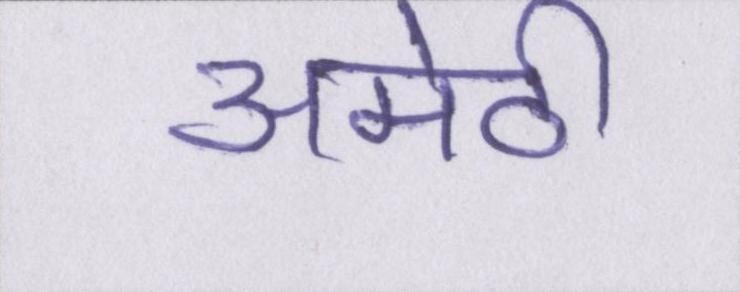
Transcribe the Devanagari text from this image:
अमेठी